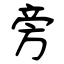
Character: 旁